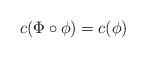
LaTeX: \begin{align*}c(\Phi \circ \phi) = c(\phi)\end{align*}